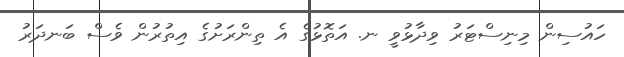
ހައުސިން މިނިސްޓަރު ވިދާޅުވީ ނ. އަތޮޅުގެ އެ ތިންރަށުގެ އިތުރުން ވެސް ބަނދަރު